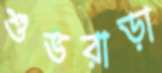
শুভরাড়া